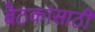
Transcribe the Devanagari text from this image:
बैठकांसाठी